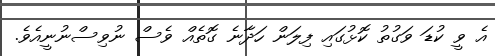
އެ ވީ ކުޑަ ވަގުތު ކޮޅުގައި ފިލަން ހަދާނެ ގޮތެއް ވެސް ނުވިސްނުނީއެވެ.